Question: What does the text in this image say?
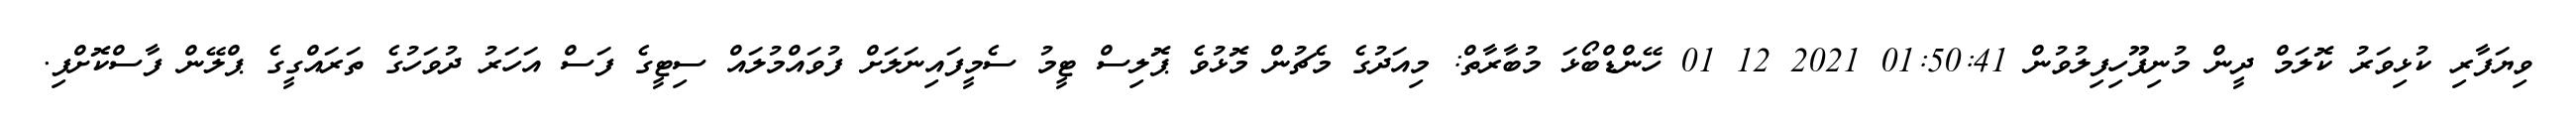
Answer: ވިޔަފާރި ކުޅިވަރު ކޮލަމް ދީން މުނިފޫހިފިލުވުން 01:50:41 2021 12 01 ހޭންޑްބޯޅަ މުބާރާތް: މިއަދުގެ މެޗުން މޮޅުވެ ޕޮލިސް ޓީމު ސެމީފައިނަލަށް ފުވައްމުލައް ސިޓީގެ ފަސް އަހަރު ދުވަހުގެ ތަރައްގީގެ ޕްލޭން ފާސްކޮށްފި.